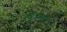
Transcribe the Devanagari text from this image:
नखत्राणा